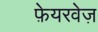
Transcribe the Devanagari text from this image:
फ़ेयरवेज़